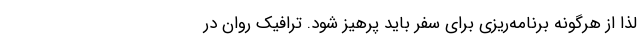
لذا از هرگونه برنامه‌ریزی برای سفر باید پرهیز شود. ترافیک روان در